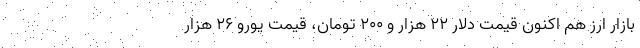
بازار ارز هم اکنون قیمت دلار 22 هزار و 200 تومان، قیمت یورو 26 هزار